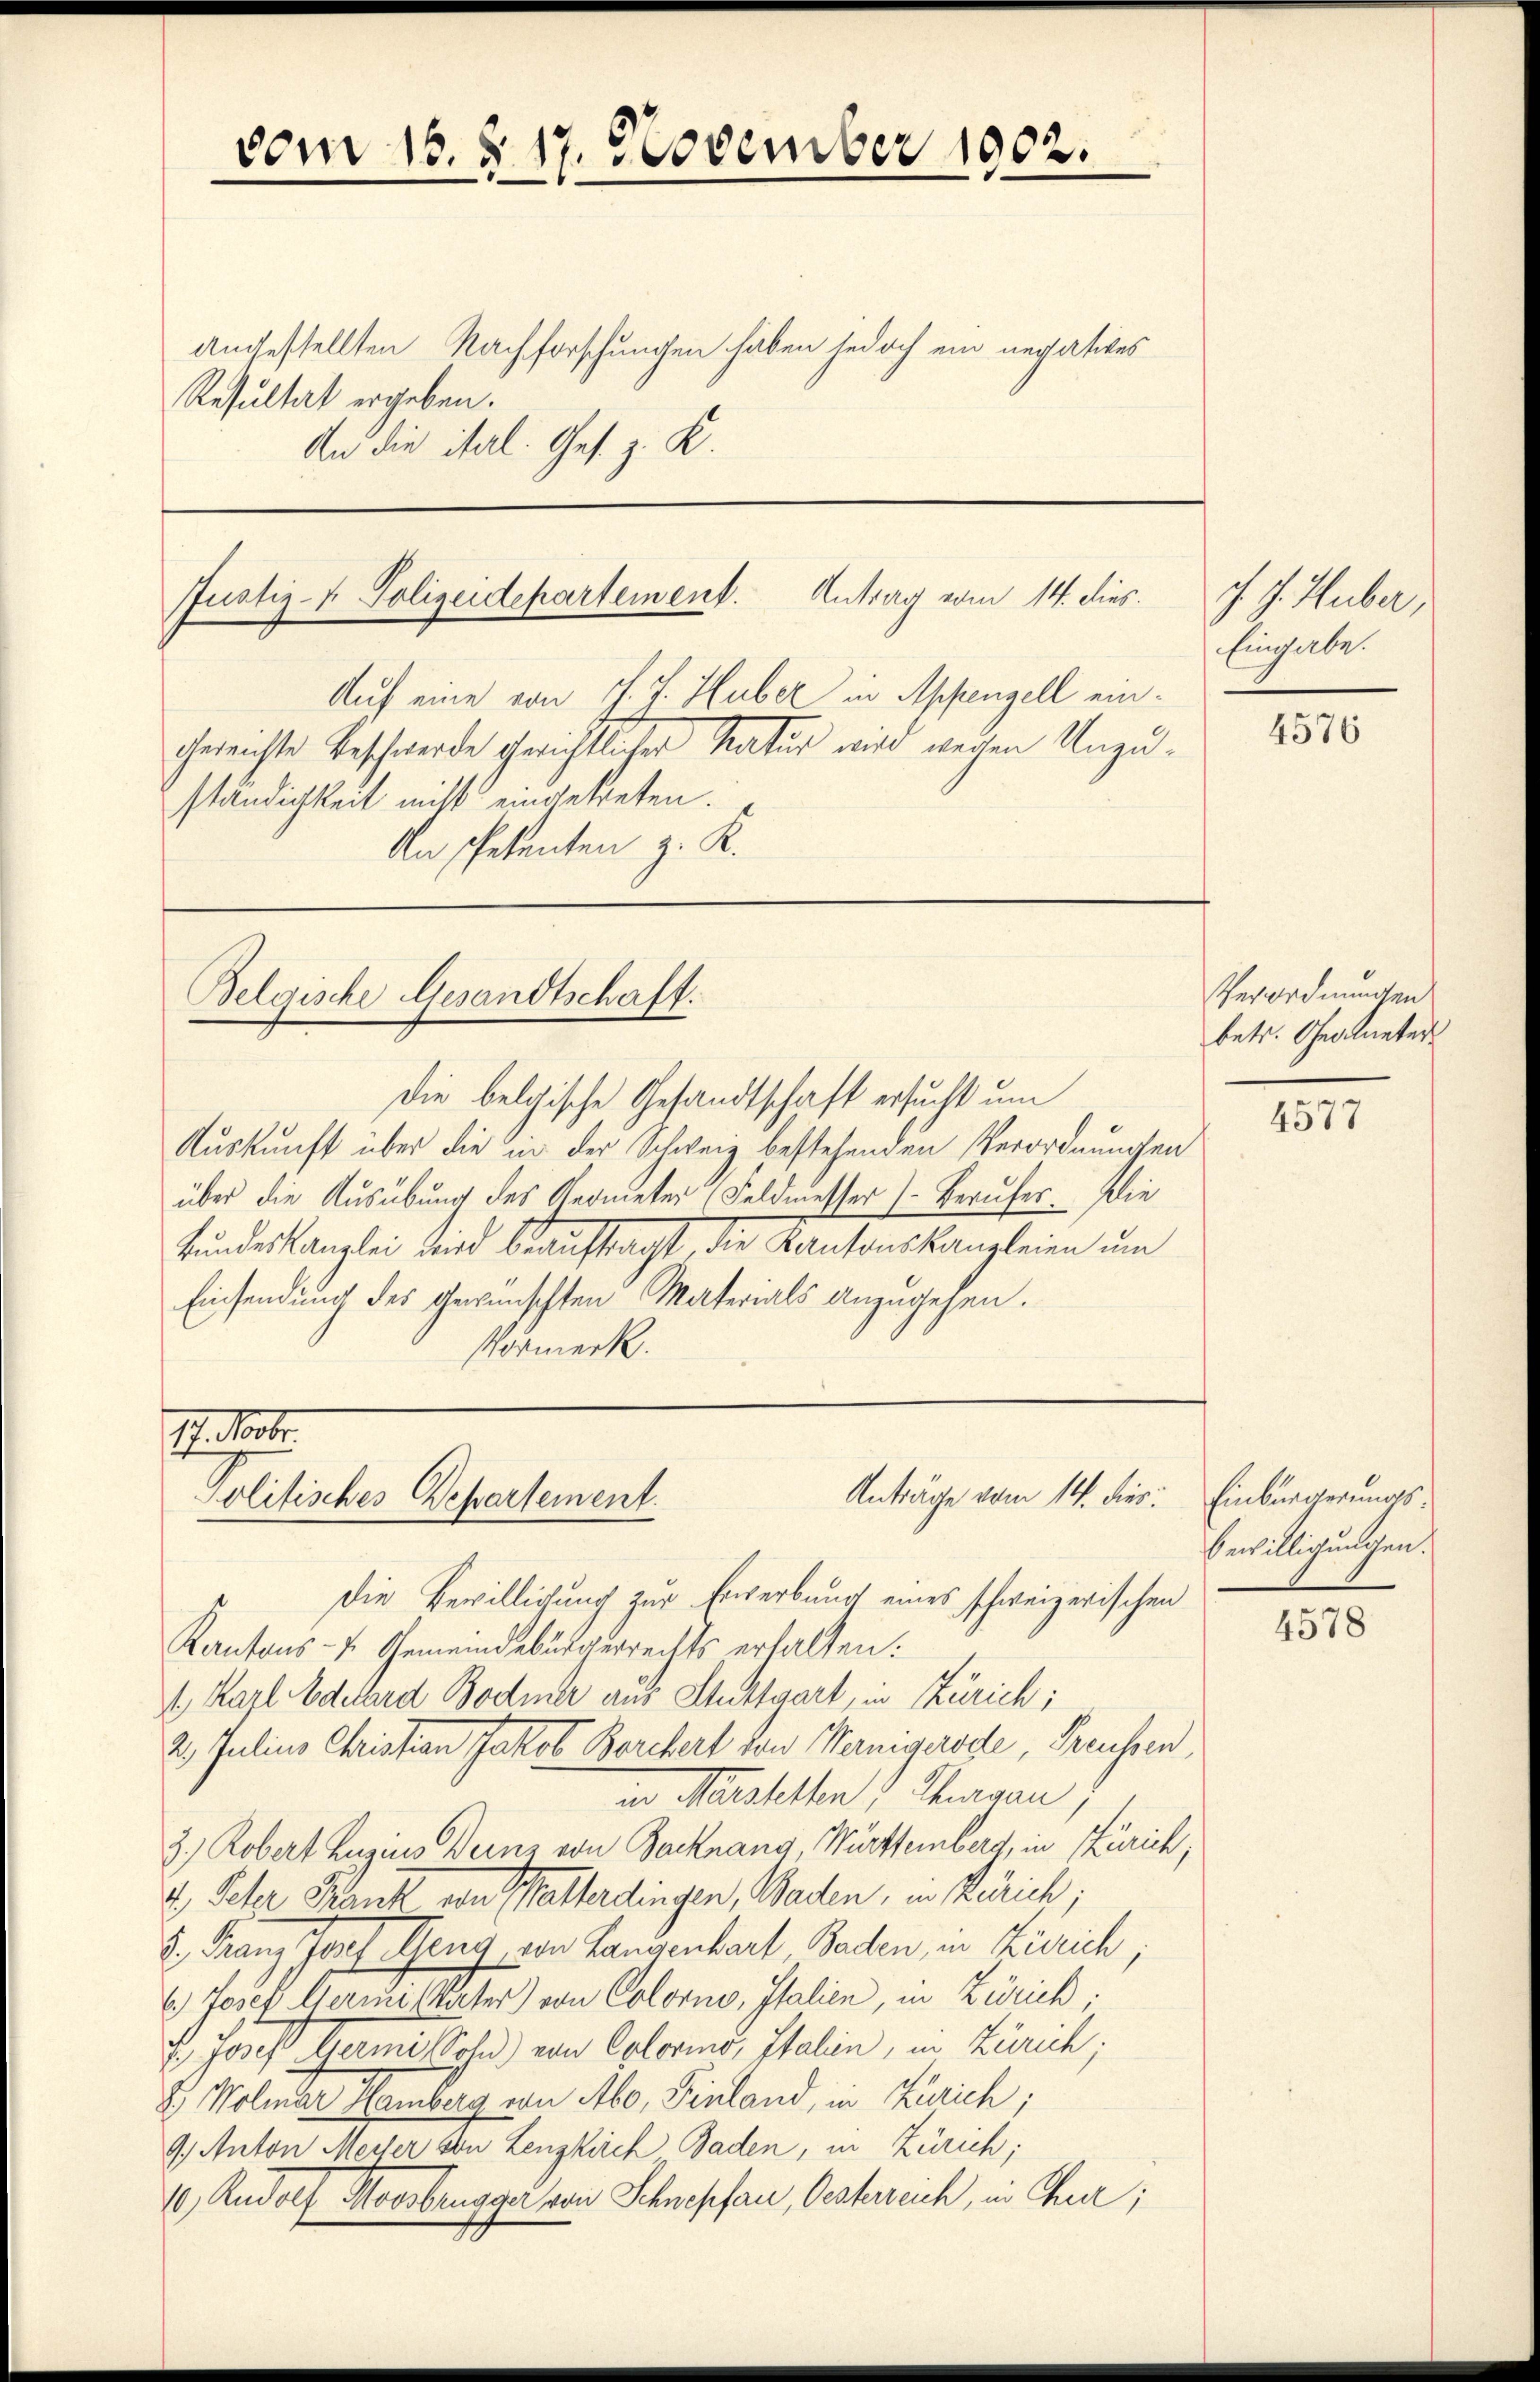
angestellten Nachforschungen haben jedoch ein negatives
Resultat ergeben.
An die ital. Ges. z. K.

Justiz- & Polizeidepartement. Antrag vom 14. dies

vom 16. d. 17. November 1902.

Belgische Gesandtschaft.

Auf eine von J. J. Huber in Appenzell eingereichte Beschwerde gerichtlicher Natur wird wegen Unzuständigkeit nicht eingetreten.
An Petenten z. K.

Die belgische Gesandtschaft ersucht um
Auskunft über die in der Schweiz bestehenden Verordnungen
über die Ausübung des Geometer (Feldmesser Berufes. Die
kundeskanzlei wird beauftragt, die Kantonskanzleien um
Einsendung des gewünschten Materials anzugehen.
Vormerk.

17. Not
Anträge vom 14. dies: Einbürgerungs¬
Politisches Departement.
Die Bewilligung zur Erwerbung eines schweizerischen

Kantons- u. Gemeindebürgerrechts erhalten.
A. Karl Adelard Bodmer aus Stuttgart, in Zürich;
2. Julius Christian Jakob Borchert von Vernigerode, Preussen,
an Marchelten ; Thurgau,
2.) Robert Luzius Deine von Backnang Württemberg, in Zürich,
.) Peter Krank von Walterdingen, Baden, in Zürich;
K. Franz fort Heng von Langenbart Baden, in Zürich
6.) Josef Herrn Vater) von Colorno, Italien, in Zürich;
. Josef Hermi Sold) von Colorino, Italien, in Zürich;
8 Kolinar Hamberg von Abo, Vinland, in Zürich;
9.) Anton Meyer von Lenzkirch Baden, in Zürich;
10 Rudolf Moosbrugger von Schnepfau, Oesterreich, in Chur;

J. J. Huber,
Eingabe.

4576

Verordnungen
betr. Gegneter

4577

Bewilligungen.

4578